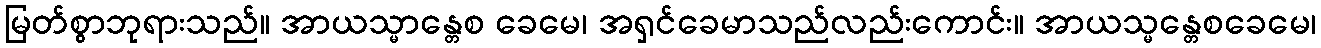
မြတ်စွာဘုရားသည်။ အာယသ္မာန္တေစ ခေမေ၊ အရှင်ခေမာသည်လည်းကောင်း။ အာယသ္မန္တေစခေမေ၊